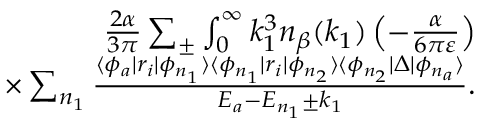
\begin{array} { r } { \frac { 2 \alpha } { 3 \pi } \sum _ { \pm } \int _ { 0 } ^ { \infty } k _ { 1 } ^ { 3 } n _ { \beta } ( k _ { 1 } ) \left( - \frac { \alpha } { 6 \pi \varepsilon } \right) } \\ { \times \sum _ { n _ { 1 } } \frac { \langle \phi _ { a } | r _ { i } | \phi _ { n _ { 1 } } \rangle \langle \phi _ { n _ { 1 } } | r _ { i } | \phi _ { n _ { 2 } } \rangle \langle \phi _ { n _ { 2 } } | \Delta | \phi _ { n _ { a } } \rangle } { E _ { a } - E _ { n _ { 1 } } \pm k _ { 1 } } . } \end{array}